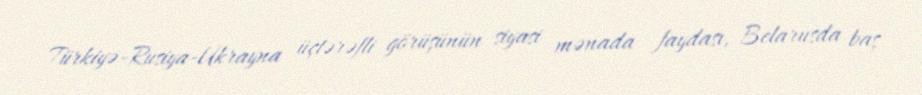
Türkiyə-Rusiya-Ukrayna üçtərəfli görüşünün siyasi mənada faydası, Belarusda baş